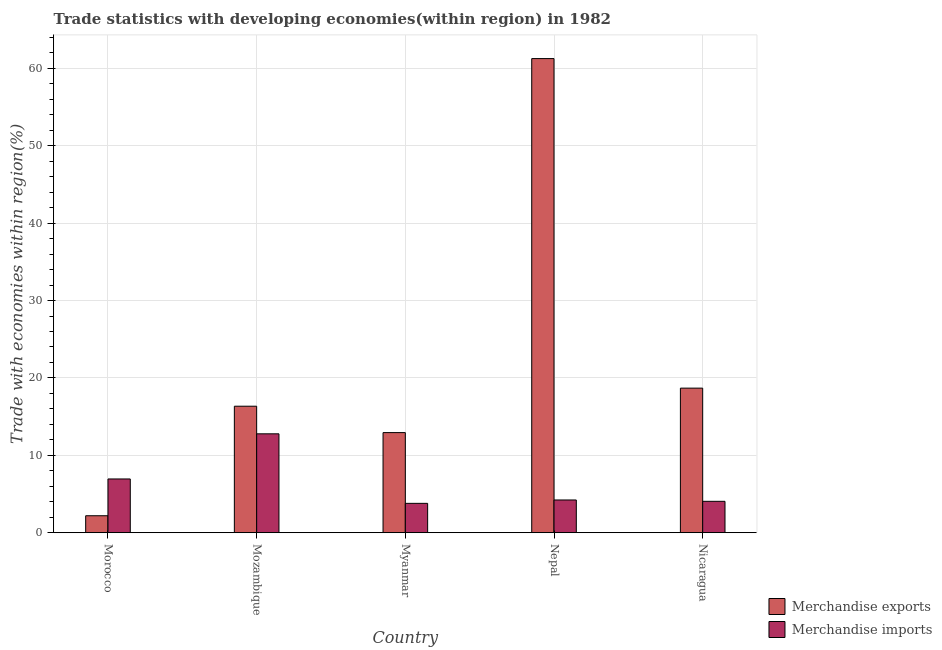
| Country | Merchandise exports | Merchandise imports |
 | --- | --- | --- |
 | Morocco | 2.19 | 6.94 |
 | Mozambique | 16.3 | 12.8 |
 | Myanmar | 12.9 | 3.79 |
 | Nepal | 61.3 | 4.23 |
 | Nicaragua | 18.7 | 4.05 |